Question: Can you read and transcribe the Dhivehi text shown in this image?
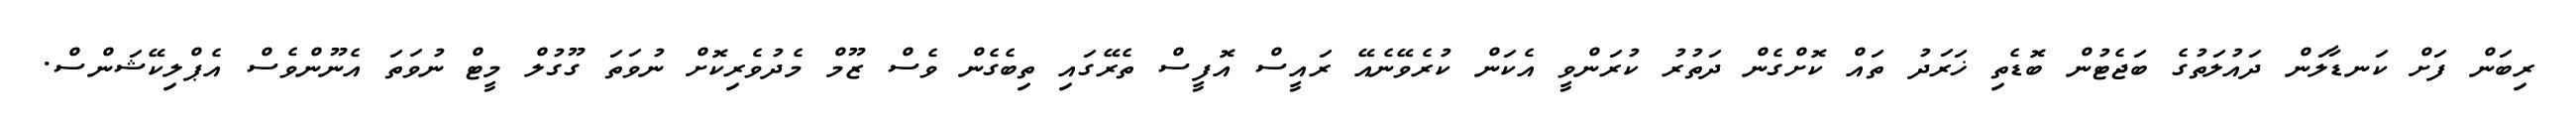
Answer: ރިބަން ފަށް ކަނޑާލަން ދައުލަތުގެ ބަޖެޓުން ބޮޑެތި ޚަރަދު ތައް ކޮށްގެން ދަތުރު ކުރަންވީ އެކަން ކުރެވޭނެއޭ ރައީސް އޮފީސް ތެރޭގައި ތިބެގެން ވެސް ޒޫމް މެދުވެރިކޮށް ނުވަތަ ގޫގުލް މީޓް ނުވަތަ އެނޫންވެސް އެޕްލިކޭޝަންސް.